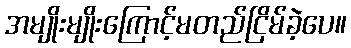
အမျိုးမျိုးကြောင့်မတည်ငြိမ်ခဲ့ပေ။